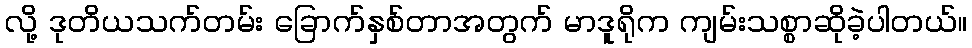
လို့ ဒုတိယသက်တမ်း ခြောက်နှစ်တာအတွက် မာဒူရိုက ကျမ်းသစ္စာဆိုခဲ့ပါတယ်။